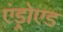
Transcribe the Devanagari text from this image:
एंड्रोएड